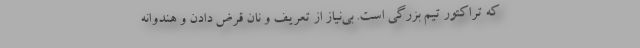
که تراکتور تیم بزرگی است. بی‌نیاز از تعریف و نان قرض دادن و هندوانه